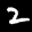
Label: 2